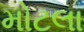
મોટલા